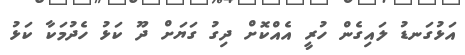
އަޅުގަނޑު ލައިގެން ހުރީ އެއްކޮށް ދިގު ގަޔަށް ދޫ ކަޅު ހެދުމަކާ ކަޅު